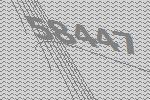
58447